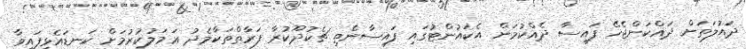
ދައުލަތަށް ދައްކަންޖެހޭ ފައިސާ ދެއްކުމަށް އެކައުންޓުގައި ފައިސާނެތި ޗެކުދޫކުރާ ފަރާތްތަކާމެދު ޢަމަލުކުރުމަށް ކަނޑައެޅިފައިވާ